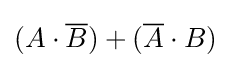
(A\cdot {\overline {B}})+({\overline {A}}\cdot B)